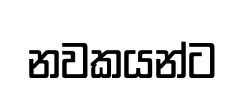
නවකයන්ට